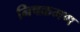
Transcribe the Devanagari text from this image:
निषक्रमण